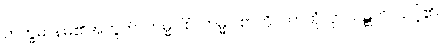
ဘိက္ခမာန်မ၏အတွက်။ ကမ္မဝါစံ၊ ကမ္မဝါစာကို။ ကာတုံ၊ ငှာ။ ဝဋ္ဋတိ၊ သင့်၏။